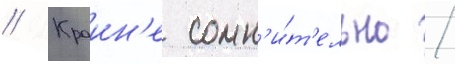
// Краин'е сомн'и́т'ельно /